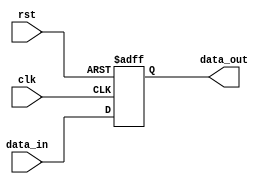
module io_buffer (
    input wire clk,
    input wire rst,
    input wire data_in,
    output reg data_out
);

reg [7:0] buffer;

always @(posedge clk or posedge rst) begin
    if (rst) begin
        buffer <= 8'b0;
    end else begin
        buffer <= data_in;
    end
end

assign data_out = buffer;

endmodule